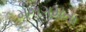
મનગમતા